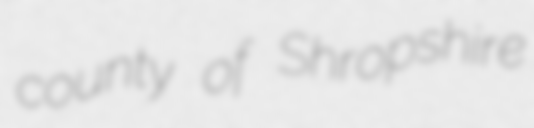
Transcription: county of Shropshire